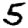
Digit: 5